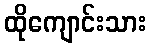
ထိုကျောင်းသား